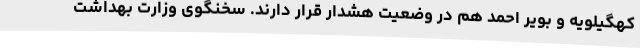
کهگیلویه و بویر احمد هم در وضعیت هشدار قرار دارند. سخنگوی وزارت بهداشت